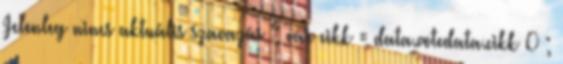
Jelenleg nincs aktuális szavazás '; var cikk = data.votedata.cikk 0 ;